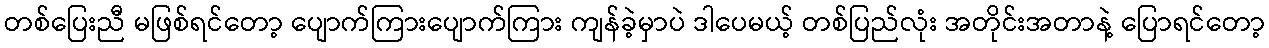
တစ်ပြေးညီ မဖြစ်ရင်တော့ ပျောက်ကြားပျောက်ကြား ကျန်ခဲ့မှာပဲ ဒါပေမယ့် တစ်ပြည်လုံး အတိုင်းအတာနဲ့ ပြောရင်တော့